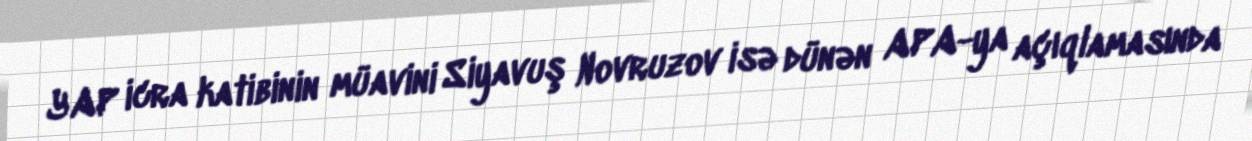
YAP icra katibinin müavini Siyavuş Novruzov isə dünən APA-ya açıqlamasında